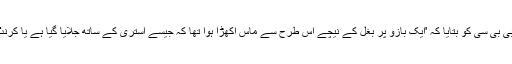
ظہیرالدین نے بی بی سی کو بتایا کہ 'ایک بازو پر بغل کے نیچے اس طرح سے ماس اکھڑا ہوا تھا کہ جیسے استری کے ساتھ جلایا گیا ہے یا کرنٹ لگایا گیا ہے۔